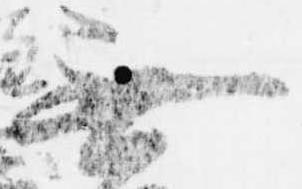
無